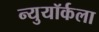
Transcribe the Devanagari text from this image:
न्युयॉर्कला